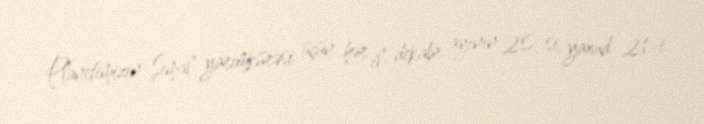
Planetimizin Şimal yarımkürəsi üçün hər il dekabr ayının 20-si, yaxud 21-i